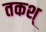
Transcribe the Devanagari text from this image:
तकश्